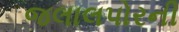
જલાલપોરની